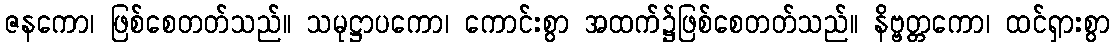
ဇနကော၊ ဖြစ်စေတတ်သည်။ သမုဋ္ဌာပကော၊ ကောင်းစွာ အထက်၌ဖြစ်စေတတ်သည်။ နိဗ္ဗတ္တကော၊ ထင်ရှားစွာ